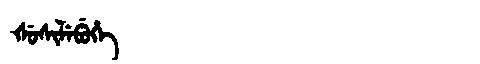
Manchu: ᡧᡠᠰᡳᠯᡝᠪᡠᡥᡝ
Romanization: ŠUSILEBUHE